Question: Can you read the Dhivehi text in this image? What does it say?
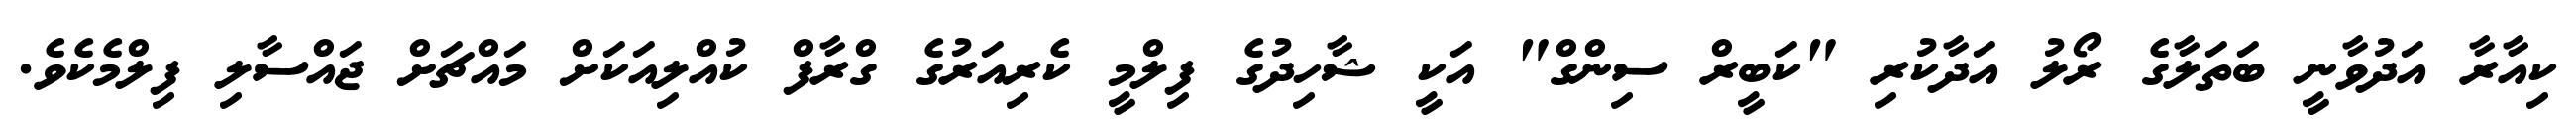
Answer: ކިއާރާ އަދުވާނީ ބަތަލާގެ ރޯލު އަދާކުރި "ކަބީރް ސިންގް" އަކީ ޝާހިދުގެ ފިލްމީ ކެރިއަރުގެ ގްރާފް ކުއްލިއަކަށް މައްޗަށް ޖައްސާލި ފިލްމެކެވެ.